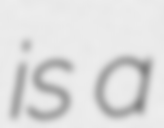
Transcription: is a